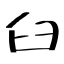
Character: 臼